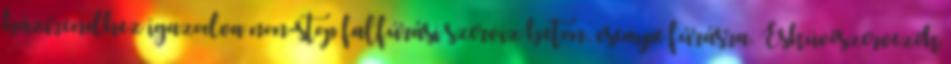
házirendhez igazodva non-stop falfúrási szerviz beton, csempe fúrásra. Esküvőszervezők